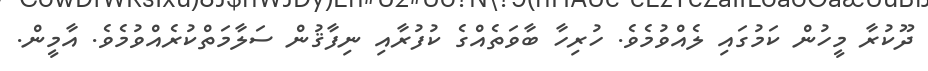
ދޫކުރާ މީހުން ކަމުގައި ލެއްވުމެވެ. ހުރިހާ ބާވަތެއްގެ ކުފުރާއި ނިފާޤުން ސަލާމަތްކުރެއްވުމެވެ. އާމީން.